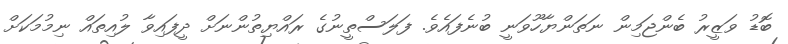
ބޮޑު ވަޒީރު ބެންޖަމިން ނަތަންޔާހޫވަނީ ބުނެފައެވެ. ފަލަސްތީނުގެ ރައްޔިތުންނަށް ދީފައިވާ ލުއިތައް ނިމުމަކަށް